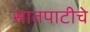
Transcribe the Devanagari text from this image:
सातपाटीचे